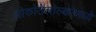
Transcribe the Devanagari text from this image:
ओकोतेलोल्कोमध्ये